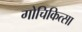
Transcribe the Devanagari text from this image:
गोचिकित्सा